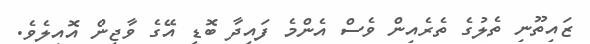
ޒައިތޫނި ތެލުގެ ތެރެއިން ވެސް އެންމެ ފައިދާ ބޮޑީ އޭގެ ވާޖިން އޮއިލެވެ.